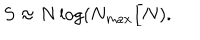
S \approx N \log ( N _ { m a x } / N ) .